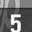
Digit: 5